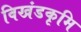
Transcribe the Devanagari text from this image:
विखंडकृमि